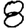
Digit: 8